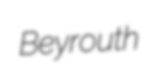
Beyrouth